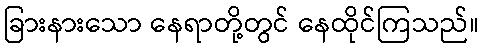
ခြားနားသော နေရာတို့တွင် နေထိုင်ကြသည်။